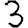
Digit: 3